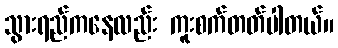
သွားရည်ကနေလည်း ကူးစက်တတ်ပါတယ်။